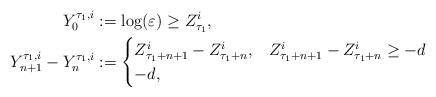
LaTeX: \begin{align*}Y^{\tau_1,i}_0& := \log(\varepsilon) \geq Z^i_{\tau_1}, \\ Y^{\tau_1,i}_{n+1}-Y^{\tau_1,i}_n & :=\begin{cases} Z^i_{\tau_1+n+1} -Z^i_{\tau_1+n},& Z^i_{\tau_1+n+1} -Z^i_{\tau_1+n} \geq -d\\ -d,& \end{cases}\end{align*}